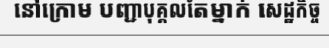
នៅក្រោម បញ្ជាបុគ្គលតែម្នាក់ សេដ្ឋកិច្ច